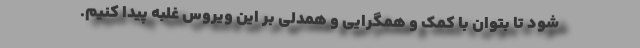
شود تا بتوان با کمک و همگرایی و همدلی بر این ویروس غلبه پیدا کنیم.